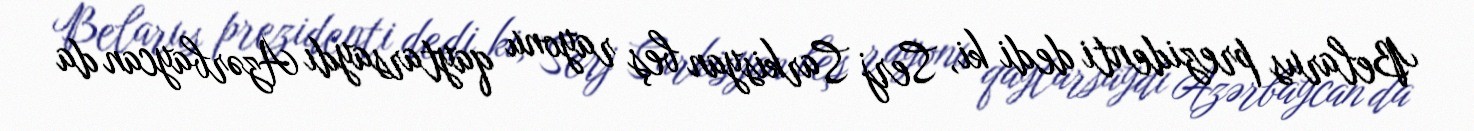
Belarus prezidenti dedi ki, Serj Sarkisyan beş rayonu qaytarsaydı Azərbaycan da